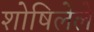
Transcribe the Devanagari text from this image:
शोषिलेले